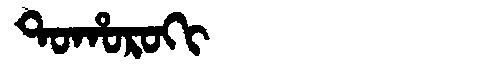
Manchu: ᡨᠣᡥᠣᡵᠣᡴᡳ
Romanization: TOHOROKI